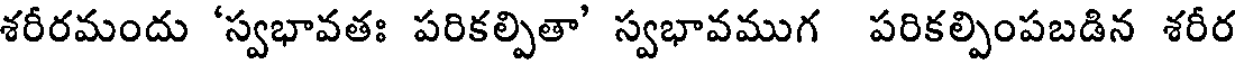
శరీరమందు 'స్వభావతః పరికల్పితా' స్వభావముగ పరికల్పింపబడిన శరీర